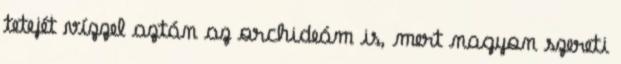
tetejét vízzel aztán az orchideám is, mert nagyon szereti